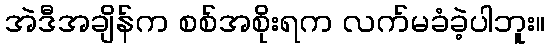
အဲဒီအချိန်က စစ်အစိုးရက လက်မခံခဲ့ပါဘူး။